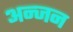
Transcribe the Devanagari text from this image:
अन्जन